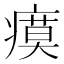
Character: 瘼